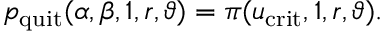
p _ { \mathrm { q u i t } } ( \alpha , \beta , 1 , r , \vartheta ) = \pi ( u _ { \mathrm { c r i t } } , 1 , r , \vartheta ) .